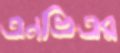
এনভিএর